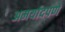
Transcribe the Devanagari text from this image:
अमर्यादपणे